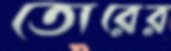
তোরের